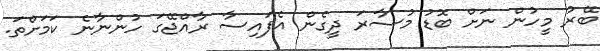
ބޭރު މީހުން ނަށް ބޮޑު މުސާރަ ދީގެން އެފައިސާ ރާއްޖޭގަ ހުންނާނެ ކަމަށްތަ.